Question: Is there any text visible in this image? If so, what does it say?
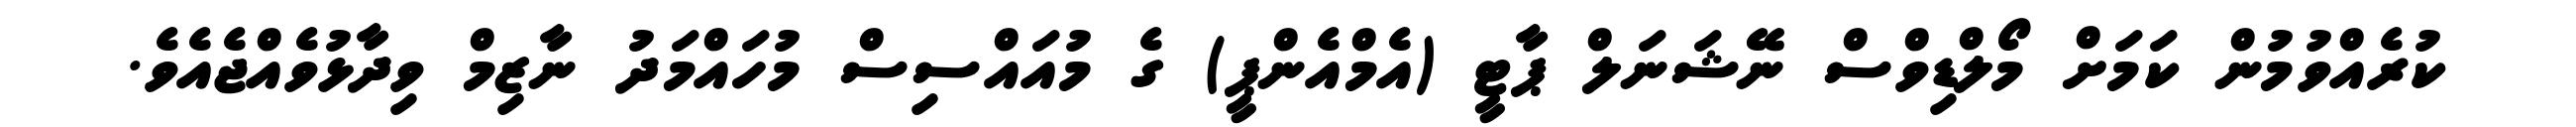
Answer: ކުރެއްވުމުން ކަމަށް މޯލްޑިވްސް ނޭޝަނަލް ޕާޓީ (އެމްއެންޕީ) ގެ މުއައްސިސް މުހައްމަދު ނާޒިމް ވިދާޅުވެއްޖެއެވެ.